Report on the bubonic plague in Bombay, 1896-1897
Year: 1896
Disease focus: Plague
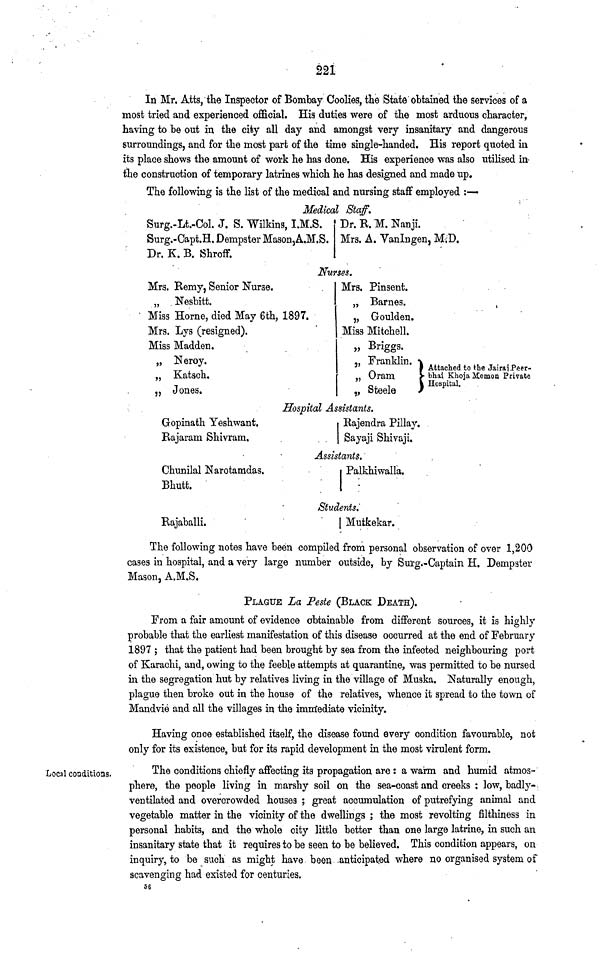
221
In Mr. Atts, the Inspector of Bombay Coolies, the State obtained the services of a
most tried and experienced official. His duties were of the most arduous character,
having to be out in the city all day and amongst very insanitary and dangerous
surroundings, and for the most part of the time single-handed. His report quoted in
its place shows the amount of work he has done. His experience was also utilised in
the construction of temporary latrines which he has designed and made up.
The following is the list of the medical and nursing staff employed :—
Medical Staff.
Surg.-Lt.-Col. J. S. Wilkins, I.M.S.
Surg.-Capt.H. Dempster Mason,A.M.S.
Dr. K. B. Shroff.
Dr. R. M. Nanji.
Mrs. A. VanIngen, M.D.
Nurses.
Mrs. Remy, Senior Nurse.
„ Nesbitt.
Miss Home, died May 6th, 1897.
Mrs. Lys (resigned).
Miss Madden.
„ Neroy.
„ Katsch.
„ Jones.
Mrs. Pinsent.
„ Barnes.
,, Goulden.
Miss Mitchell.
„ Briggs.
,, Franklin. )
„ Oram
)
„ Steele
)
Attached to the Jairaj Peer-
bhai Khoja Memon Private
Hospital.
Hospital Assistants.
Gopinath Yeshwant.
Rajaram Shivram.
Rajendra Pillay.
Sayaji Shivaji.
Assistants.
Chunilal Narotamdas.
Bhutt.
P
alkhiwalla.
Students.
Rajaballi.
Mutkekar.
The following notes have been compiled from personal observation of over 1,200
cases in hospital, and a very large number outside, by Surg.-Captain H. Dempster
Mason, A.M.S.
PLAGUE La Peste (BLACK DEATH).
From a fair amount of evidence obtainable from different sources, it is highly
probable that the earliest manifestation of this disease occurred at the end of February
1897 ; that the patient had been brought by sea from the infected neighbouring port
of Karachi, and, owing to the feeble attempts at quarantine, was permitted to be nursed
in the segregation hut by relatives living in the village of Muska. Naturally enough,
plague then broke out in the house of the relatives, whence it spread to the town of
Mandvie and all the villages in the immediate vicinity.
Having once established itself, the disease found every condition favourable, not
only for its existence, but for its rapid development in the most virulent form.
Local conditions.
The conditions chiefly affecting its propagation are : a warm and humid atmos-
phere, the people living in marshy soil on the sea-coast and creeks : low, badly-
ventilated and overcrowded houses ; great accumulation of putrefying animal and
vegetable matter in the vicinity of the dwellings ; the most revolting filthiness in
personal habits, and the whole city little better than one large latrine, in such an
insanitary state that it requires to be seen to be believed. This condition appears, on
inquiry, to be such as might have been anticipated where no organised system of
scavenging had existed for centuries.
56